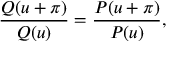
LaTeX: \frac { Q ( u + \pi ) } { Q ( u ) } = \frac { P ( u + \pi ) } { P ( u ) } ,